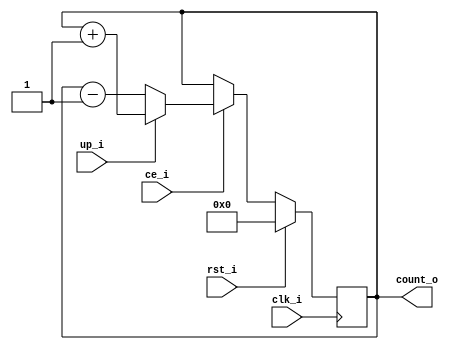
`default_nettype none

module up_down_counter
#(
	parameter WIDTH = 8,
	parameter INIT = 8'h00
)
(
	input wire rst_i,
	input wire clk_i,
	input wire ce_i,
	input wire up_i,
	output reg [WIDTH-1:0] count_o
);

generate
	if ($clog2(INIT) > WIDTH) begin
		INIT_TOO_LARGE dummy ();
	end
endgenerate

`ifdef FORMAL
reg f_past_valid;
initial f_past_valid = 1'b0;
always @(posedge clk_i) begin
	f_past_valid <= 1'b1;
end

always @(posedge clk_i) begin
	if (f_past_valid) begin
		if ($past(ce_i) && $past(up_i) && !$past(rst_i)) begin
			assert(count_o == $past(count_o) + 1'b1);
		end
		if ($past(ce_i) && !$past(up_i) && !$past(rst_i)) begin
			assert(count_o == $past(count_o) - 1'b1);
		end
		if (!$past(ce_i) && !$past(rst_i)) begin
			assert(count_o == $past(count_o));
		end
		if ($past(rst_i)) begin
			assert(count_o == INIT);
		end
	end
end
`endif

always @(posedge clk_i) begin
	if (rst_i) begin
		count_o <= INIT;
	end
	else if (ce_i) begin
		if (up_i) begin
			count_o <= count_o + 1'b1;
		end
		else begin
			count_o <= count_o - 1'b1;
		end
	end
end

endmodule